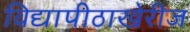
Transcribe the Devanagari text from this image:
विद्यापीठाखेरीज